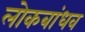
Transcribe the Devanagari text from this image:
लोकबांधव